Annual administration report of the Civil Veterinary Department of India - 1896-1897
Year: 1896
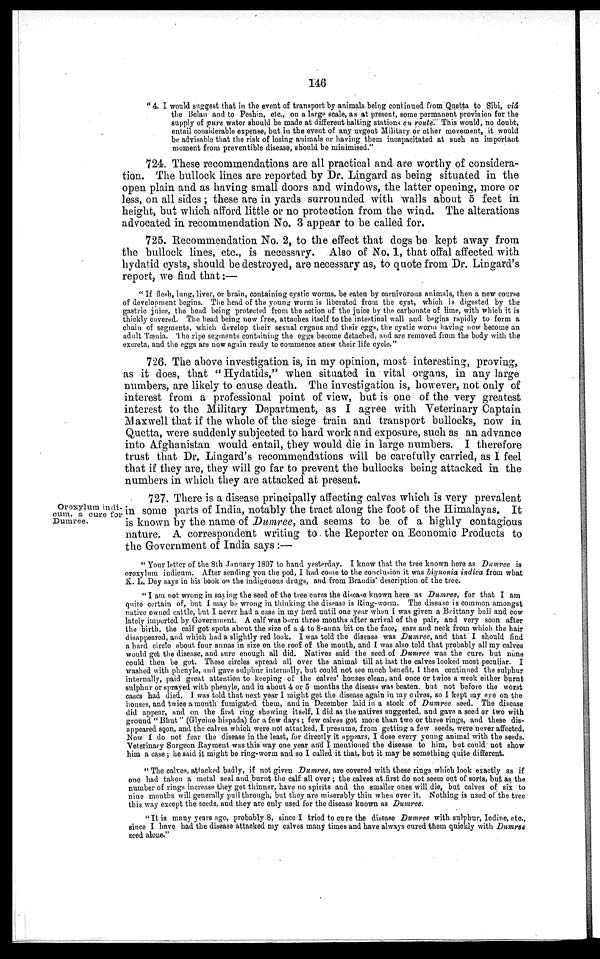
146
"4. I would suggest that in the event of transport by animals being continued from Quetta to Sibi, viâ
the Bolan and to Peshin, etc., on a large scale, as at present, some permanent provision for the
supply of pure water should be made at different halting stations en route. This would, no doubt,
entail considerable expense, but in the event of any urgent Military or other movement, it would
be advisable that the risk of losing animals or having them incapacitated at such an important
moment from preventible disease, should be minimised."
724. These recommendations are all practical and are worthy of considera-
tion. The bullock lines are reported by Dr. Lingard as being situated in the
open plain and as having small doors and windows, the latter opening, more or
less, on all sides; these are in yards surrounded with walls about 5 feet in
height, but which afford little or no protection from the wind. The alterations
advocated in recommendation No. 3 appear to be called for.
725. Recommendation No. 2, to the effect that dogs be kept away from
the bullock lines, etc., is necessary. Also of No. 1, that offal affected with
hydatid cysts, should be destroyed, are necessary as, to quote from Dr. Lingard's
report, we find that:—
"If flesh, lung, liver, or brain, containing cystic worms, be eaten by carnivorous animals, then a new course
of development begins. The head of the young worm is liberated from the cyst, which is digested by the
gastric juice, the head being protected from the action of the juice by the carbonate of lime, with which it is
thickly covered. The head being now free, attaches itself to the intestinal wall and begins rapidly to form a
chain of segments, which develop their sexual organs and their eggs, the cystic worm having now become an
adult Tænia. The ripe segments containing the eggs become detached, and are removed from the body with the
excreta, and the eggs are now again ready to commence anew their life cycle."
726. The above investigation is, in my opinion, most interesting, proving,
as it does, that "Hydatids," when situated in vital organs, in any large
numbers, are likely to cause death. The investigation is, however, not only of
interest from a professional point of view, but is one of the very greatest
interest to the Military Department, as I agree with Veterinary Captain
Maxwell that if the whole of the siege train and transport bullocks, now in
Quetta, were suddenly subjected to hard work and exposure, such as an advance
into Afghanistan would entail, they would die in large numbers. I therefore
trust that Dr. Lingard's recommendations will be carefully carried, as 1 feel
that if they are, they will go far to prevent the bullocks being attacked in the
numbers in which they are attacked at present.
Oroxylum indi-
cum, a cure for
Dumree.
727. There is a disease principally affecting calves which is very prevalent
in some parts of India, notably the tract along the foot of the Himalayas. It
is known by the name of Dumree, and seems to be of a highly contagious
nature. A correspondent writing to the Reporter on Economic Products to
the Government of India says:—
"Your letter of the 8th January 1897 to hand yesterday. I know that the tree known here as Dumree is
oroxylum indicum. After sending you the pod, I had come to the conclusion it was bignonia indica from what
K. L. Dey says in his book on the indigenous drugs, and from Brandis' description of the tree.
"I am not wrong in saying the seed of the tree cures the disease known here as Dumree, for that I am
quite certain of, but I may be wrong in thinking the disease is Ring-worm. The disease is common amongst
native owned cattle, but I never had a case in my herd until one year when I was given a Brittany bull and cow
lately imported by Government. A calf was born three months after arrival of the pair, and very soon after
the birth, the calf got spots about the size of a 4 to 8-anna bit on the face, ears and neck from which the hair
disappeared, and which had a slightly red look. I was told the disease was Dumree, and that I should find
a hard circle about four annas in size on the roof of the mouth, and I was also told that probably all my calves
would get the disease, and sure enough all did. Natives said the seed of Dumree was the cure, but none
could then be got. These circles spread all over the animal till at last the calves looked most peculiar. I
washed with phenyle, and gave sulphur internally, but could not see much benefit. I then continued the sulphur
internally, paid great attention to keeping of the calves' houses clean, and once or twice a week either burnt-
sulphur or sprayed with phenyle, and in about 4 or 5 months the disease was beaten, but not before the worst
cases had died. I was told that next year I might get the disease again in my calves, so I kept my eye on the
houses, and twice a month fumigated them, and in December laid in a stock of Dumree seed. The disease
did appear, and on the first ring showing itself, I did as the natives suggested, and gave a seed or two with
ground "Bhut" (Glycine hispada) for a few days; few calves got more than two or three rings, and these dis-
appeared soon, and the calves which were not attacked, I presume, from getting a few seeds, were never affected.
Now I do not fear the disease in the least, for directly it appears, I dose every young animal with the seeds.
Veterinary Surgeon Rayment was this way one year and I mentioned the disease to him, but could not show
him a case; he said it might be ring-worm and so I called it that, but it may be something quite different.
"The calves, attacked badly, if not given Dumree, are covered with these rings which look exactly as if
one had taken a metal seal and burnt the calf all over ; the calves at first do not seem out of sorts, but as the
number of rings increase they get thinner, have no spirits and the smaller ones will die, but calves of six to
nine months will generally pull through, but they are miserably thin when over it. Nothing is used of the tree
this way except the seeds, and they are only used for the disease known as Dumree.
"It is many years ago, probably 8, since I tried to cure the disease Dumree with sulphur, Iodine, etc.,
since I have had the disease attacked my calves many times and have always cured them quickly with Dumrss
seed alone."